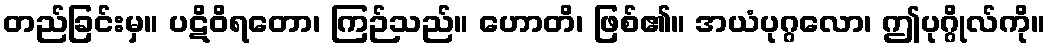
တည်ခြင်းမှ။ ပဋိဝိရတော၊ ကြဉ်သည်။ ဟောတိ၊ ဖြစ်၏။ အယံပုဂ္ဂလော၊ ဤပုဂ္ဂိုလ်ကို။